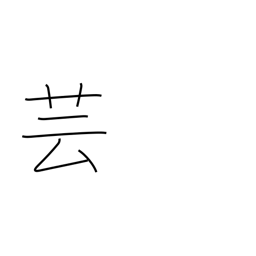
Meaning: acting